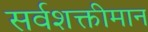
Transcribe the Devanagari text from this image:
सर्वशक्तीमान